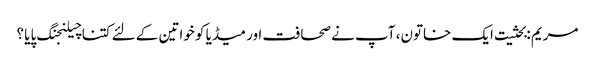
مریم :بحثیت ایک خاتون، آپ نے صحافت اور میڈیا کو خواتین کے لئے کتنا چیلنجنگ پایا ؟